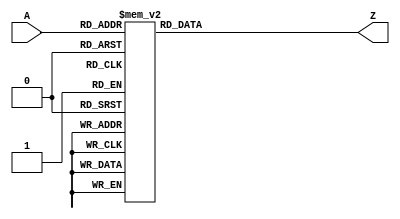
module sevenseg (input [3:0]A, output reg [7:0]Z);

	always @ (A) begin				// Always block to run when input A changes
		case(A)					// Case statement for all possibilities of 4-bit input A
			4'b0000: Z = 8'b11000000;	// 0 on 7-seg
			4'b0001: Z = 8'b11111001;	// 1 on 7-seg
			4'b0010: Z = 8'b10100100;	// 2 on 7-seg
			4'b0011: Z = 8'b10110000;	// 3 on 7-seg
			4'b0100: Z = 8'b10011001;	// 4 on 7-seg
			4'b0101: Z = 8'b10010010;	// 5 on 7-seg
			4'b0110: Z = 8'b10000010;	// 6 on 7-seg
			4'b0111: Z = 8'b11111000;	// 7 on 7-seg
			4'b1000: Z = 8'b10000000;	// 8 on 7-seg
			4'b1001: Z = 8'b10011000;	// 9 on 7-seg
			4'b1010: Z = 8'b10001000;	// A on 7-seg
			4'b1011: Z = 8'b10000011;	// b on 7-seg
			4'b1100: Z = 8'b11000110;	// C on 7-seg
			4'b1101: Z = 8'b10100001;	// d on 7-seg
			4'b1110: Z = 8'b10000110; 	// E on 7-seg
			4'b1111: Z = 8'b10001110;	// F on 7-seg
			default: Z = 8'b11000000;	// 0 on 7-seg
		endcase
	end
endmodule